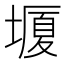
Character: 𡐯